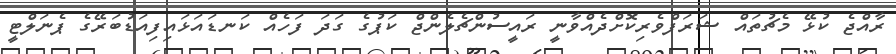
ރާއްޖެ ކުޅޭ މެޗުތައް ޝަރަފްވެރިކޮށްދެއްވާނީ ރައީސުންޗެލެންޖް ކަޕުގެ ގަދަ ފަހެއް ކަނޑައަޅައިފިއަޑުބަރޭގެ ޕެނަލްޓީ